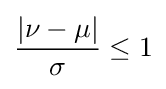
{\frac {|\nu -\mu |}{\sigma }}\leq 1